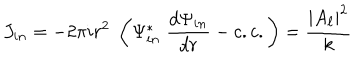
J _ { i n } = - 2 \pi i r ^ { 2 } \; \left( \Psi _ { i n } ^ { \ast } \; { \frac { d \Psi _ { i n } } { d r } } - c . c . \right) = { \frac { | A _ { \ell } | ^ { 2 } } { k } }